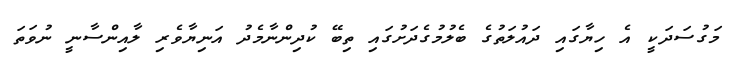
މަގުސަދަކީ އެ ހިޔާގައި ދައުލަތުގެ ބެލުމުގެދަށުގައި ތިބޭ ކުދިންނާމެދު އަނިޔާވެރި ލާއިންސާނީ ނުވަތަ